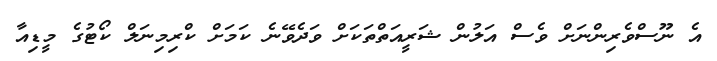
އެ ނޫސްވެރިންނަށް ވެސް އަލުން ޝަރީއަތްތަކަށް ވަދެވޭނެ ކަމަށް ކްރިމިނަލް ކޯޓުގެ މީޑިއާ